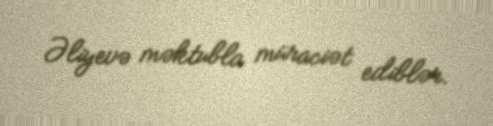
Əliyevə məktubla müraciət ediblər.